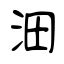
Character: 沺